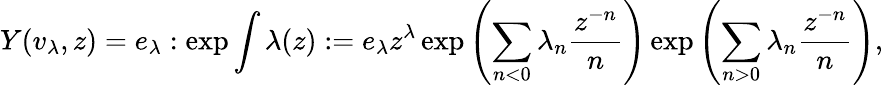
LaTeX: Y(v_{\lambda},z)=e_{\lambda}:\exp\int\lambda(z):=e_{\lambda}z^{\lambda}\exp\left(\sum_{n<0}\lambda_{n}{\frac{z^{-n}}{n}}\right)\exp\left(\sum_{n>0}\lambda_{n}{\frac{z^{-n}}{n}}\right),